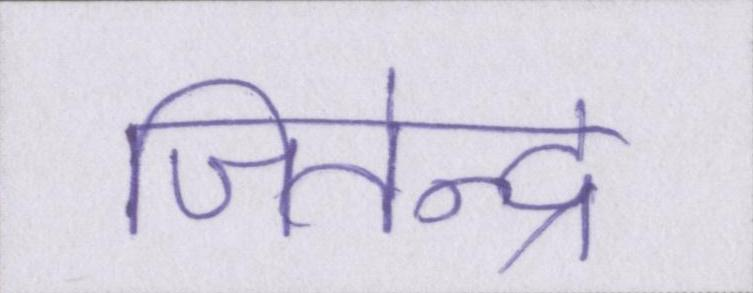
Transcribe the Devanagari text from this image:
जितेन्द्र